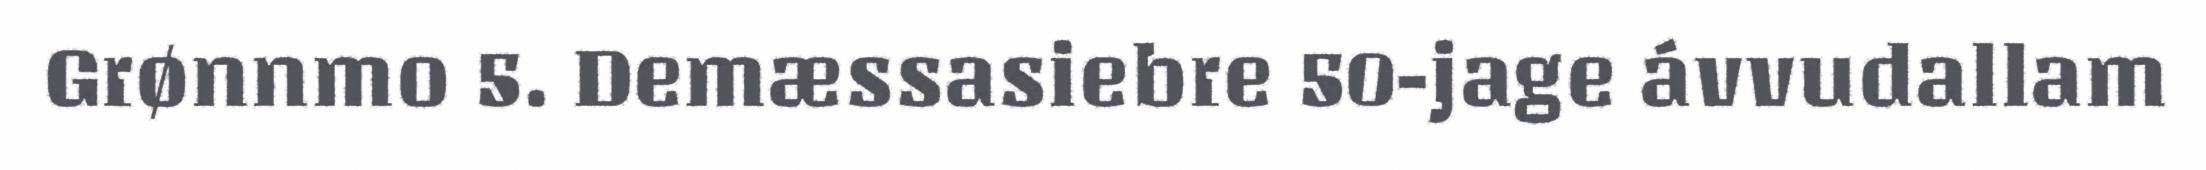
Grønnmo 5. Demæssasiebre 50-jage ávvudallam